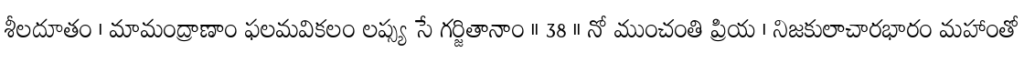
శీలదూతం । మామంద్రాణాం ఫలమవికలం లప్స్య సే గర్జితానాం ॥ 38 ॥ నో ముంచంతి ప్రియ । నిజకులాచారభారం మహాంతో